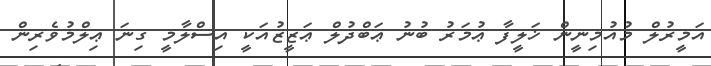
އަމީރުލް މުއުމިނީން ޚަލީފާ ޢުމަރު ބުނު ޢަބްދުލް ޢަޒީޒުއަކީ އިސްލާމީ ގިނަ ޢިލްމުވެރިން